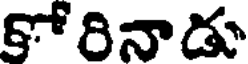
కోరినాడు